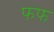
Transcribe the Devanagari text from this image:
फफ